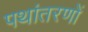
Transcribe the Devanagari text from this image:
पथांतरणों